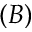
( B )